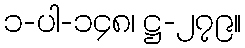
၁-ပါ-၁၄၈၊ ဋ္ဌ-၂၇၉။